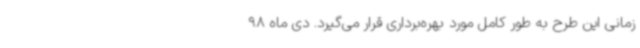
زمانی این طرح به طور کامل مورد بهره‌برداری قرار می‌گیرد. دی ماه 98